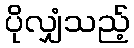
ပိုလျှံသည့်